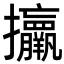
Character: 𢺧